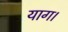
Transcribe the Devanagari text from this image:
याग।